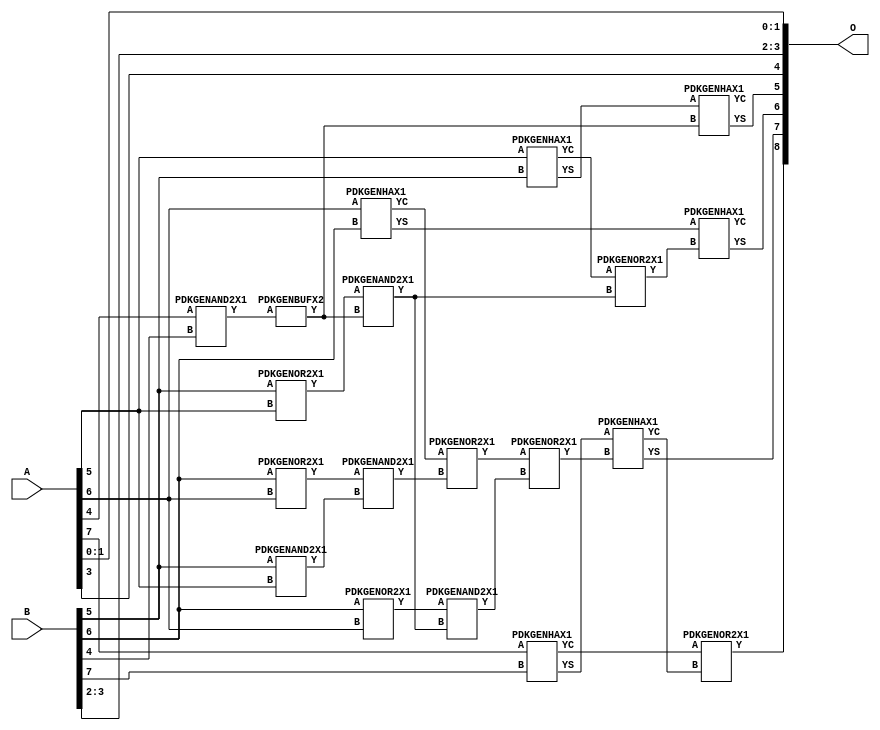
// Library = EvoApprox8b
// Circuit = add8_081
// Area   (180) = 888
// Delay  (180) = 0.730
// Power  (180) = 253.40
// Area   (45) = 59
// Delay  (45) = 0.320
// Power  (45) = 20.78
// Nodes = 19
// HD = 192640
// MAE = 9.75000
// MSE = 141.50000
// MRE = 5.22 %
// WCE = 23
// WCRE = 100 %
// EP = 96.9 %

module add8_081(A, B, O);
  input [7:0] A;
  input [7:0] B;
  output [8:0] O;
  wire [2031:0] N;

  assign N[0] = A[0];
  assign N[1] = A[0];
  assign N[2] = A[1];
  assign N[3] = A[1];
  assign N[4] = A[2];
  assign N[5] = A[2];
  assign N[6] = A[3];
  assign N[7] = A[3];
  assign N[8] = A[4];
  assign N[9] = A[4];
  assign N[10] = A[5];
  assign N[11] = A[5];
  assign N[12] = A[6];
  assign N[13] = A[6];
  assign N[14] = A[7];
  assign N[15] = A[7];
  assign N[16] = B[0];
  assign N[17] = B[0];
  assign N[18] = B[1];
  assign N[19] = B[1];
  assign N[20] = B[2];
  assign N[21] = B[2];
  assign N[22] = B[3];
  assign N[23] = B[3];
  assign N[24] = B[4];
  assign N[25] = B[4];
  assign N[26] = B[5];
  assign N[27] = B[5];
  assign N[28] = B[6];
  assign N[29] = B[6];
  assign N[30] = B[7];
  assign N[31] = B[7];

  PDKGENOR2X1 n42(.A(N[28]), .B(N[12]), .Y(N[42]));
  assign N[43] = N[42];
  PDKGENOR2X1 n44(.A(N[28]), .B(N[12]), .Y(N[44]));
  PDKGENAND2X1 n46(.A(N[26]), .B(N[10]), .Y(N[46]));
  PDKGENAND2X1 n68(.A(N[8]), .B(N[24]), .Y(N[68]));
  PDKGENHAX1 n78(.A(N[10]), .B(N[26]), .YS(N[78]), .YC(N[79]));
  PDKGENHAX1 n86(.A(N[12]), .B(N[28]), .YS(N[86]), .YC(N[87]));
  PDKGENHAX1 n96(.A(N[14]), .B(N[30]), .YS(N[96]), .YC(N[97]));
  PDKGENOR2X1 n134(.A(N[26]), .B(N[10]), .Y(N[134]));
  assign N[135] = N[134];
  PDKGENBUFX2 n152(.A(N[68]), .Y(N[152]));
  assign N[153] = N[152];
  PDKGENAND2X1 n162(.A(N[43]), .B(N[46]), .Y(N[162]));
  assign N[163] = N[162];
  PDKGENOR2X1 n180(.A(N[87]), .B(N[163]), .Y(N[180]));
  assign N[181] = N[180];
  PDKGENAND2X1 n226(.A(N[135]), .B(N[153]), .Y(N[226]));
  PDKGENOR2X1 n244(.A(N[79]), .B(N[226]), .Y(N[244]));
  assign N[245] = N[244];
  PDKGENAND2X1 n254(.A(N[44]), .B(N[226]), .Y(N[254]));
  PDKGENOR2X1 n272(.A(N[181]), .B(N[254]), .Y(N[272]));
  PDKGENHAX1 n394(.A(N[78]), .B(N[152]), .YS(N[394]), .YC(N[395]));
  PDKGENHAX1 n404(.A(N[86]), .B(N[245]), .YS(N[404]), .YC(N[405]));
  PDKGENHAX1 n412(.A(N[96]), .B(N[272]), .YS(N[412]), .YC(N[413]));
  PDKGENOR2X1 n422(.A(N[97]), .B(N[413]), .Y(N[422]));

  assign O[0] = N[0];
  assign O[1] = N[2];
  assign O[2] = N[20];
  assign O[3] = N[22];
  assign O[4] = N[6];
  assign O[5] = N[394];
  assign O[6] = N[404];
  assign O[7] = N[412];
  assign O[8] = N[422];

endmodule
/* mod */
module PDKGENHAX1( input A, input B, output YS, output YC );
    assign YS = A ^ B;
    assign YC = A & B;
endmodule
/* mod */
module PDKGENOR2X1(input A, input B, output Y );
     assign Y = A | B;
endmodule
/* mod */
module PDKGENAND2X1(input A, input B, output Y );
     assign Y = A & B;
endmodule
/* mod */
module PDKGENBUFX2(input A, output Y );
     assign Y = A;
endmodule